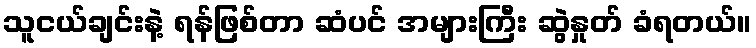
သူငယ်ချင်းနဲ့ ရန်ဖြစ်တာ ဆံပင် အများကြီး ဆွဲနှုတ် ခံရတယ်။